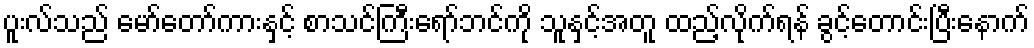
ပူးလ်သည် မော်တော်ကားနှင့် စာသင်ကြီးရော်ဘင်ကို သူနှင့်အတူ ထည့်လိုက်ရန် ခွင့်တောင်းပြီးနောက်